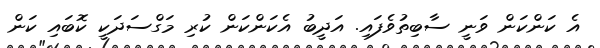
އެ ކަންކަން ވަނީ ސާބިތުވެފައި. އަދީބު އެކަންކަން ކުރި މަގްސަދަކީ ކޮބައި ކަން